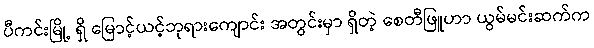
ပီကင်းမြို့ ရှိ မြောင့်ယင့်ဘုရားကျောင်း အတွင်းမှာ ရှိတဲ့ စေတီဖြူဟာ ယွမ်မင်းဆက်က